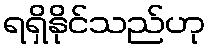
ရရှိနိုင်သည်ဟု